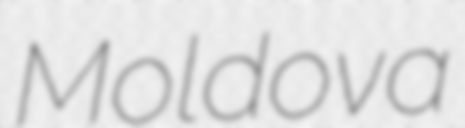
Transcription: Moldova